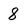
Character: 8